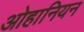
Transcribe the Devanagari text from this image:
ओहानियन